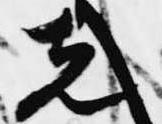
先